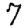
Digit: 7